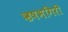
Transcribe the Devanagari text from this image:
ऋषभगिरी